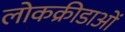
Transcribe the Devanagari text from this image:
लोकक्रीडाओं